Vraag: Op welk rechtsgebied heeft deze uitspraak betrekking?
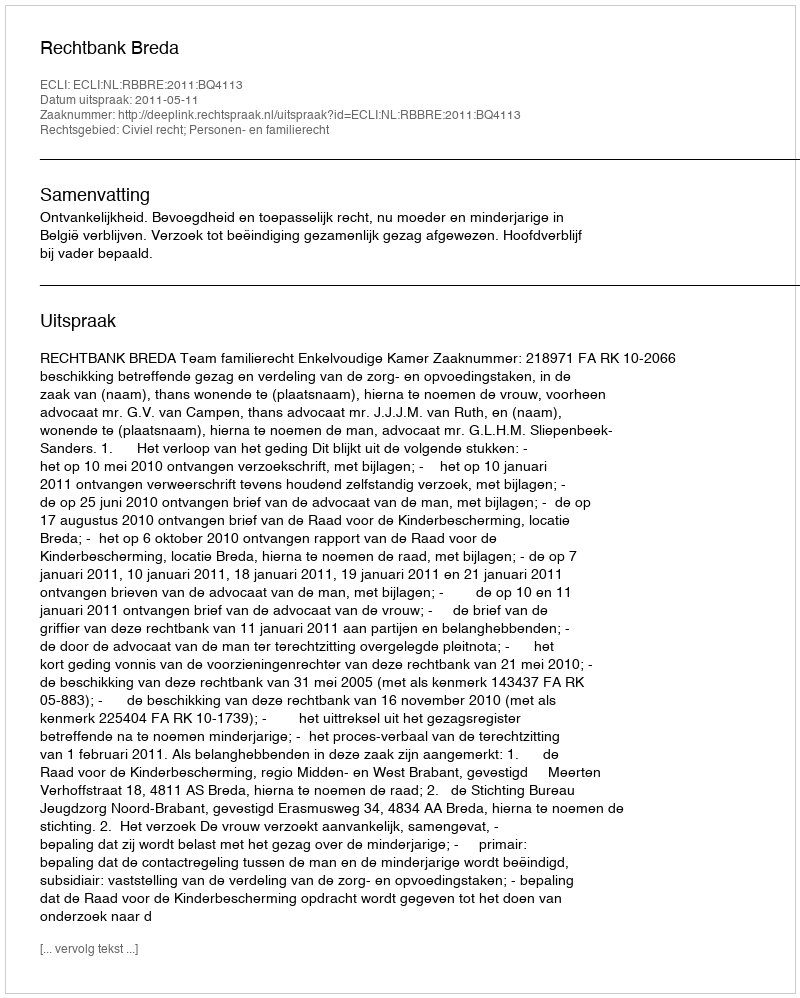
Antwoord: Civiel recht; Personen- en familierecht